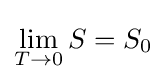
\lim _{T\to 0}S=S_{0}